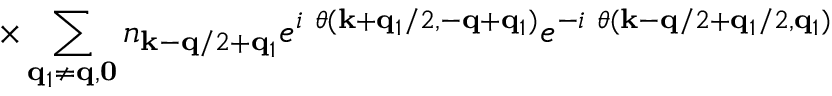
\times \sum _ { { \bf { q } } _ { 1 } \neq { \bf { q } } , { \bf { 0 } } } n _ { { \bf { k } } - { \bf { q } } / 2 + { \bf { q } } _ { 1 } } e ^ { i \mathrm { ~ } \theta ( { \bf { k } } + { \bf { q } } _ { 1 } / 2 , - { \bf { q } } + { \bf { q } } _ { 1 } ) } e ^ { - i \mathrm { ~ } \theta ( { \bf { k } } - { \bf { q } } / 2 + { \bf { q } } _ { 1 } / 2 , { \bf { q } } _ { 1 } ) }